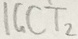
Text: IGCT2